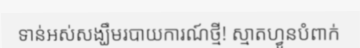
ទាន់អស់សង្ឃឹមរបាយការណ៍ថ្មី! ស្មាតហ្វូនបំពាក់